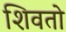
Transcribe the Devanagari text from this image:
शिवतो